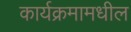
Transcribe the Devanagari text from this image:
कार्यक्रमामधील